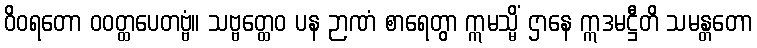
ဝိဝရတော ဝဝတ္ထပေတဗ္ဗံ။ သဗ္ဗတ္ထေဝ ပန ဉာဏံ စာရေတွာ ဣမသ္မိံ ဌာနေ ဣဒမဋ္ဌီတိ သမန္တတော